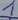
Text: 1